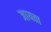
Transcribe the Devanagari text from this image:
जायता